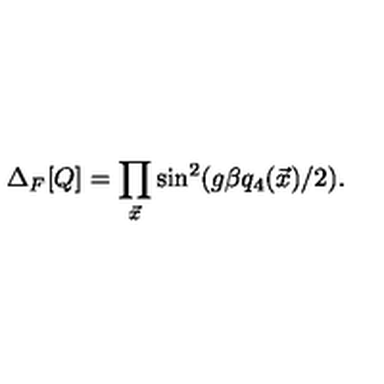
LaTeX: \Delta _ { F } [ Q ] = \prod _ { { \vec { x } } } \sin ^ { 2 } ( g \beta q _ { 4 } ( { \vec { x } } ) / 2 ) .